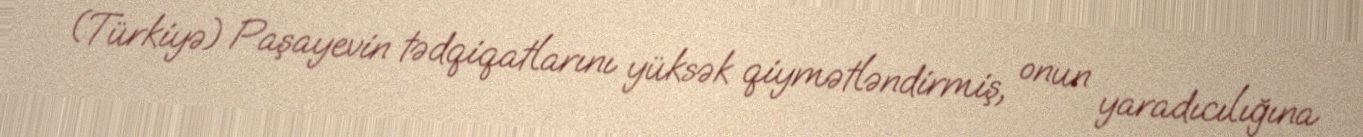
(Türkiyə) Paşayevin tədqiqatlarını yüksək qiymətləndirmiş, onun yaradıcılığına